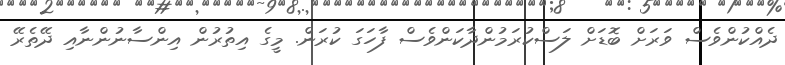
ދެއްކުންވެސް ވަރަށް ބޮޑަށް ލަސްކުރަމުންދާކަންވެސް ފާހަގަ ކުރަން. މީގެ އިތުރުން އިންސާނުންނާއި ދޭތެރޭ